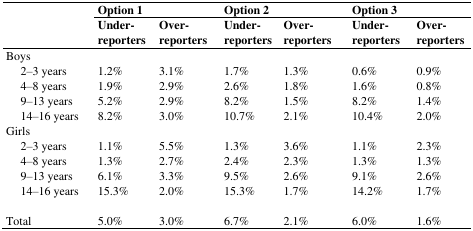
|  | <COLSPAN=2> Option 1 | <COLSPAN=2> Option 2 | <COLSPAN=2> Option 3 |
 |  | Under-reporters | Over-reporters | Under-reporters | Over-reporters | Under-reporters | Over-reporters |
 | --- | --- | --- | --- | --- | --- | --- |
 | Boys |  |  |  |  |  |  |
 | 2–3 years | 1.2% | 3.1% | 1.7% | 1.3% | 0.6% | 0.9% |
 | 4–8 years | 1.9% | 2.9% | 2.6% | 1.8% | 1.6% | 0.8% |
 | 9–13 years | 5.2% | 2.9% | 8.2% | 1.5% | 8.2% | 1.4% |
 | 14–16 years | 8.2% | 3.0% | 10.7% | 2.1% | 10.4% | 2.0% |
 | Girls |  |  |  |  |  |  |
 | 2–3 years | 1.1% | 5.5% | 1.3% | 3.6% | 1.1% | 2.3% |
 | 4–8 years | 1.3% | 2.7% | 2.4% | 2.3% | 1.3% | 1.3% |
 | 9–13 years | 6.1% | 3.3% | 9.5% | 2.6% | 9.1% | 2.6% |
 | 14–16 years | 15.3% | 2.0% | 15.3% | 1.7% | 14.2% | 1.7% |
 | Total | 5.0% | 3.0% | 6.7% | 2.1% | 6.0% | 1.6% |